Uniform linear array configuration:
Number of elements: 64
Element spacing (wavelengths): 0.25
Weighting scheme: hann
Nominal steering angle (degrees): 0
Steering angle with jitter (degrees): -0.2332
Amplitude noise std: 0.05
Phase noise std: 0.05

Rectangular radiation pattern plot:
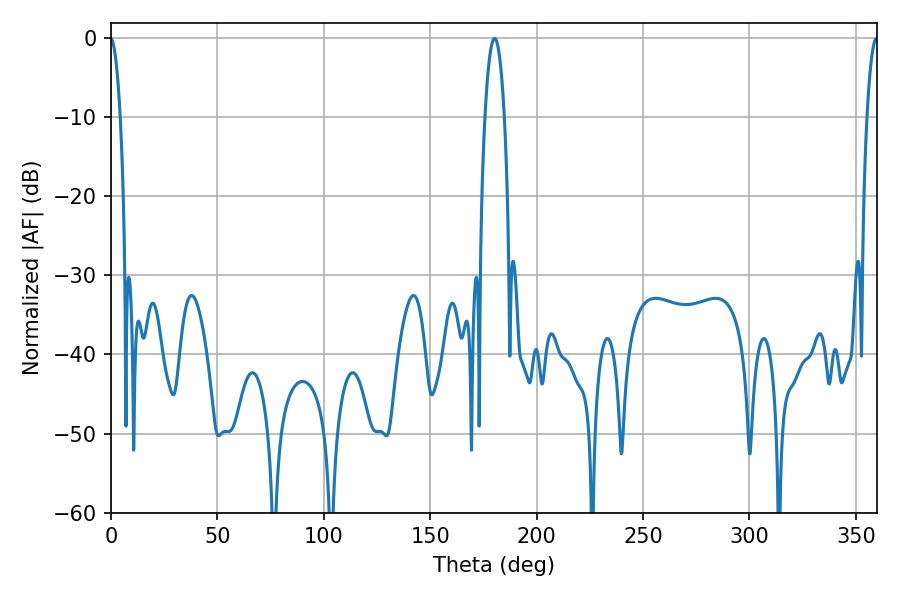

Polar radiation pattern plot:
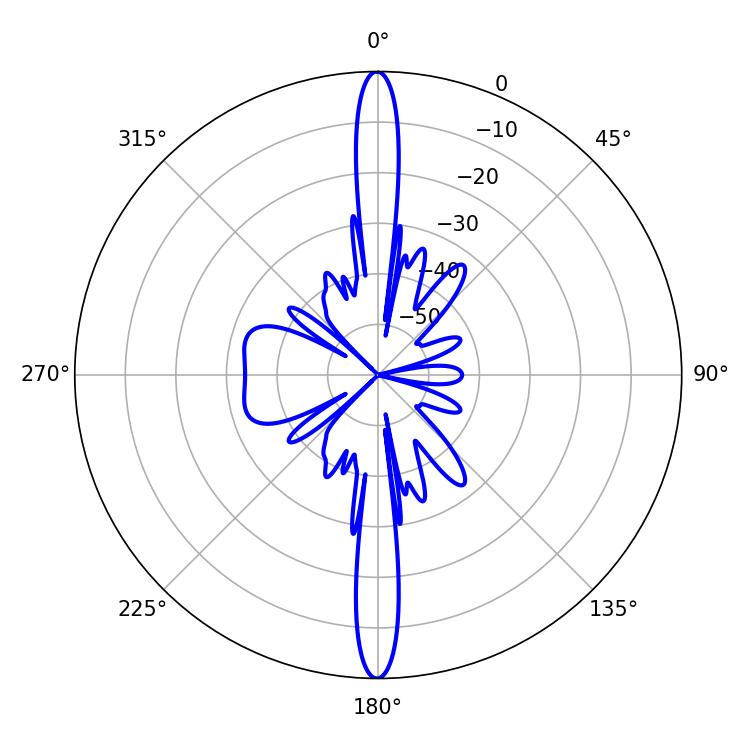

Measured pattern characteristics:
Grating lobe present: FALSE
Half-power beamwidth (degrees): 5.04
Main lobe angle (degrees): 180.18